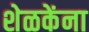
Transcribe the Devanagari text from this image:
शेळकेंना